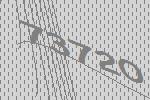
73720